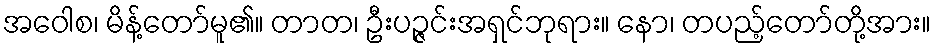
အဝေါစ၊ မိန့်တော်မူ၏။ တာတ၊ ဦးပဉ္ဇင်းအရှင်ဘုရား။ နော၊ တပည့်တော်တို့အား။